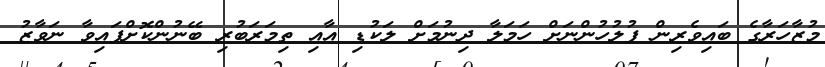
މުޒާހަރާގެ ބައިވެރިން ފުލުހުންނަށް ހަމަލާ ދިނުމަށް ލަކުޑި އާއި ތިމަރަބުރި ބޭނުންކޮށްފައިވާ ނަވާޒު